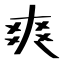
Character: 爽